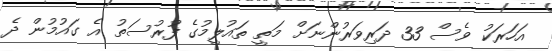
އަހަރަކު ވެސް 33 ދަރިވަރުންނަށް މަތީ ތައުލީމުގެ ފުރުސަތު އެ ގައުމުން ދެ